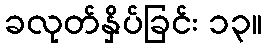
ခလုတ်နှိပ်ခြင်း ၁၃။